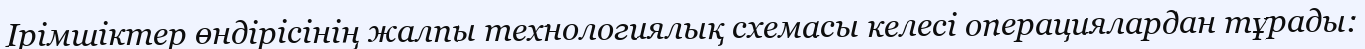
Ірімшіктер өндірісінің жалпы технологиялық схемасы келесі операциялардан тұрады: